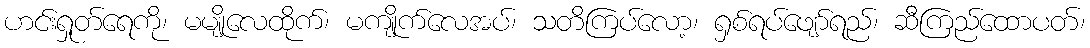
ဟင်းရှုတ်ရေကို၊ မမျိုလေထိုက်၊ မကျိုက်လေအပ်၊ သတိကြပ်လော့၊ ရှစ်ရပ်ဖျော်ရည်၊ ဆီကြည်ထောပတ်၊